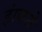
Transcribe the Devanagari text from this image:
हांकते